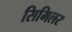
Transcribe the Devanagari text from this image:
सिमिलर